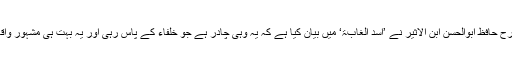
اسی طرح حافظ ابوالحسن ابن الاثیر نے ’اسد الغابۃ‘ میں بیان کیا ہے کہ یہ وہی چادر ہے جو خلفاء کے پاس رہی اور یہ بہت ہی مشہور واقعہ ہے۔